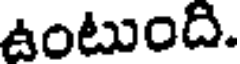
ఉంటుంది.